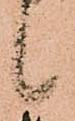
候